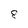
Character: 8